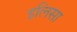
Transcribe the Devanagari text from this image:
इलिसा